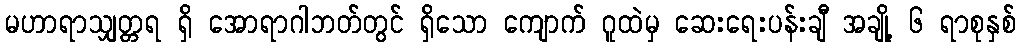
မဟာရာသျှတ္တရ ရှိ အောရာဂါဘတ်တွင် ရှိသော ကျောက် ဂူထဲမှ ဆေးရေးပန်းချီ အချို့ ၆ ရာစုနှစ်